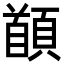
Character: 䭭